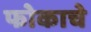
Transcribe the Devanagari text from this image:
फोकाचे